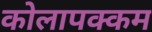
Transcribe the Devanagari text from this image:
कोलापक्कम